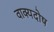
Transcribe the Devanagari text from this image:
वाक्यदोष